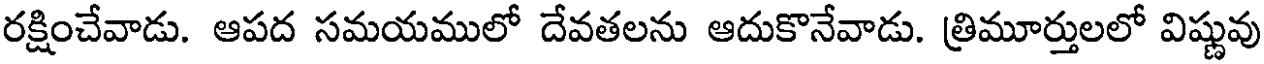
రక్షించేవాడు. ఆపద సమయములో దేవతలను ఆదుకొనేవాడు. త్రిమూర్తులలో విష్ణువు